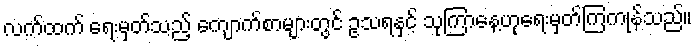
လက်ထက် ရေးမှတ်သည့် ကျောက်စာများတွင် ဥသရနှင့် သုကြာနေ့ဟုရေးမှတ်ကြကုန်သည်။